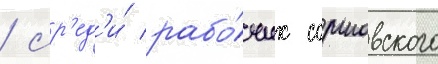
/ ср'ед'и́ рабо́чих сормовского